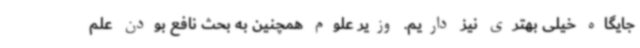
جایگاه خیلی بهتری نیز داریم. وزیر علوم همچنین به بحث نافع بودن علم